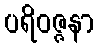
ပရိဝဇ္ဇနာ